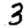
Digit: 3